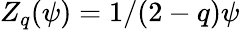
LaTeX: Z_{q}(\psi)=1/{(2-q)\psi}